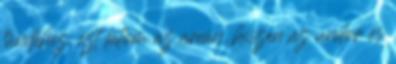
tündéhez, ezt látom az arcán, hiszen az undor és